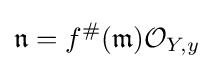
{\mathfrak {n}}=f^{\#}({\mathfrak {m}}){\mathcal {O}}_{Y,y}